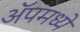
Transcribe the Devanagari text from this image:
ॲपमध्ये